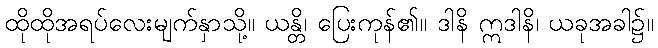
ထိုထိုအရပ်လေးမျက်နှာသို့။ ယန္တိ၊ ပြေးကုန်၏။ ဒါနိ ဣဒါနိ၊ ယခုအခါ၌။